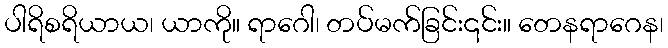
ပါရိစရိယာယ၊ ယာကို။ ရာဂေါ၊ တပ်မက်ခြင်း၎င်း။ တေနရာဂေန၊